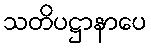
သတိပဋ္ဌာနာပေ